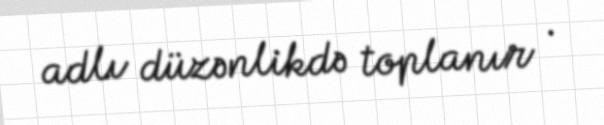
adlı düzənlikdə toplanır .